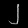
Digit: ၂